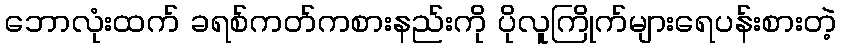
ဘောလုံးထက် ခရစ်ကတ်ကစားနည်းကို ပိုလူကြိုက်များရေပန်းစားတဲ့